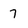
Character: 7